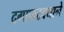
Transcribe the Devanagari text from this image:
दगाफटक्याने